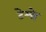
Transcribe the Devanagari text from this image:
टेम्पेह